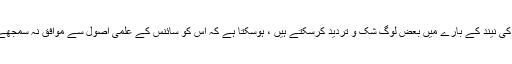
شہر ''افسوس'' کے طولانی مدت تک سونے والوں (یعنی اصحاب کہف) کی نیند کے بارے میں بعض لوگ شک و تردید کرسکتے ہیں ، ہوسکتا ہے کہ اس کو سائنس کے علمی اصول سے موافق نہ سمجھےں، لہٰذا اس کو ''قصہ اور کہانیوں'' کی صف میں قرار دے دیں، کیونکہ: